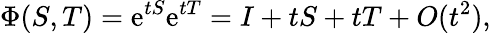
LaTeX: \Phi(S,T)=\mathrm{e}^{tS}\mathrm{e}^{tT}=I+tS+tT+O(t^{2}),